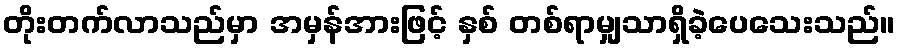
တိုးတက်လာသည်မှာ အမှန်အားဖြင့် နှစ် တစ်ရာမျှသာရှိခဲ့ပေသေးသည်။